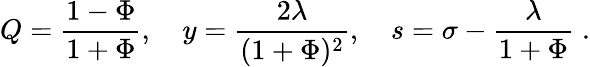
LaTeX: Q=\frac{1-\Phi}{1+\Phi},\quad y=\frac{2\lambda}{(1+\Phi)^{2}},\quad s=\sigma-\frac{\lambda}{1+\Phi}\; .